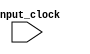
`timescale 1ns / 1ps
//////////////////////////////////////////////////////////////////////////////////
// Company: 
// Engineer: 
// 
// Design Name: 
// Module Name:    Part4 
// Project Name: 
// Target Devices: 
// Tool versions: 
// Description: 
//
// Dependencies: 
//
// Revision: 
// Revision 0.01 - File Created
// Additional Comments: 
//
//////////////////////////////////////////////////////////////////////////////////
module Part4(
    input input_clock
    );
	
	
endmodule